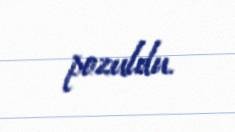
pozuldu.